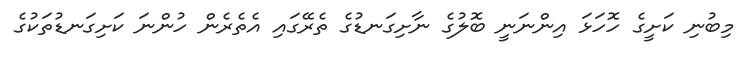
މިބުނި ކަށީގެ ހޮހަޅަ އިންނަނީ ބޮލުގެ ނާށިގަނޑުގެ ތެރޭގައި އެތެރެން ހުންނަ ކަށިގަނޑުތަކުގެ